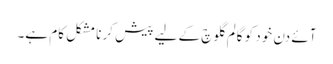
آئے دن خود کو گالم گلوچ کے لیے پیش کرنا مشکل کام ہے۔